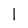
Character: 1